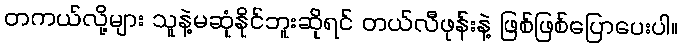
တကယ်လို့များ သူနဲ့မဆုံနိုင်ဘူးဆိုရင် တယ်လီဖုန်းနဲ့ ဖြစ်ဖြစ်ပြောပေးပါ။